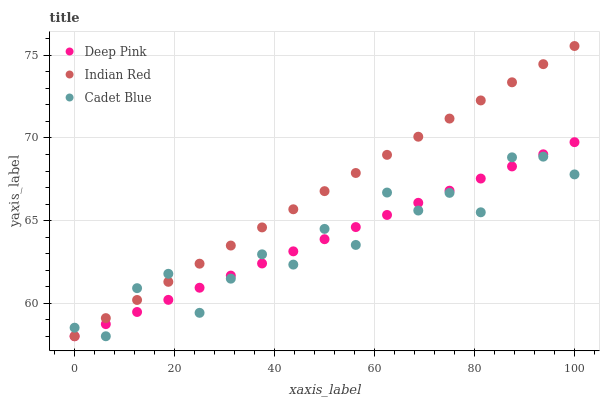
| xaxis_label | Deep Pink | Indian Red | Cadet Blue |
 | --- | --- | --- | --- |
 | 0 | 58 | 58 | 58.5 |
 | 6.25 | 58.7 | 59.1 | 58 |
 | 12.5 | 59.5 | 60.2 | 60.9 |
 | 18.8 | 60.2 | 61.3 | 61.8 |
 | 25 | 60.9 | 62.4 | 59.4 |
 | 31.2 | 61.7 | 63.5 | 61.5 |
 | 37.5 | 62.4 | 64.6 | 63 |
 | 43.8 | 63.1 | 65.7 | 62.3 |
 | 50 | 63.9 | 66.8 | 64.5 |
 | 56.2 | 64.6 | 67.9 | 63.5 |
 | 62.5 | 65.3 | 69 | 66.7 |
 | 68.8 | 66.1 | 70.1 | 65.6 |
 | 75 | 66.8 | 71.2 | 66.7 |
 | 81.2 | 67.5 | 72.3 | 65.5 |
 | 87.5 | 68.3 | 73.4 | 68.8 |
 | 93.8 | 69 | 74.5 | 68.9 |
 | 100 | 69.7 | 75.6 | 67.8 |